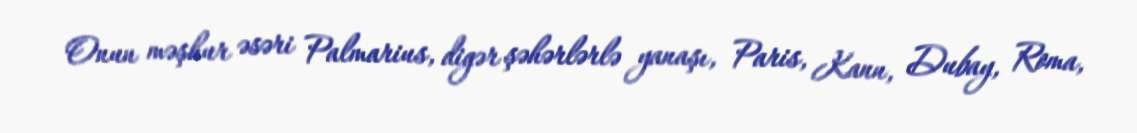
Onun məşhur əsəri Palmarius, digər şəhərlərlə yanaşı, Paris, Kann, Dubay, Roma,